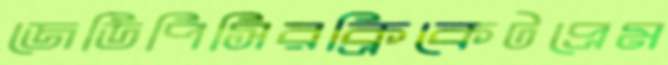
জেডিপিসিরক্রিকেটপ্রেম